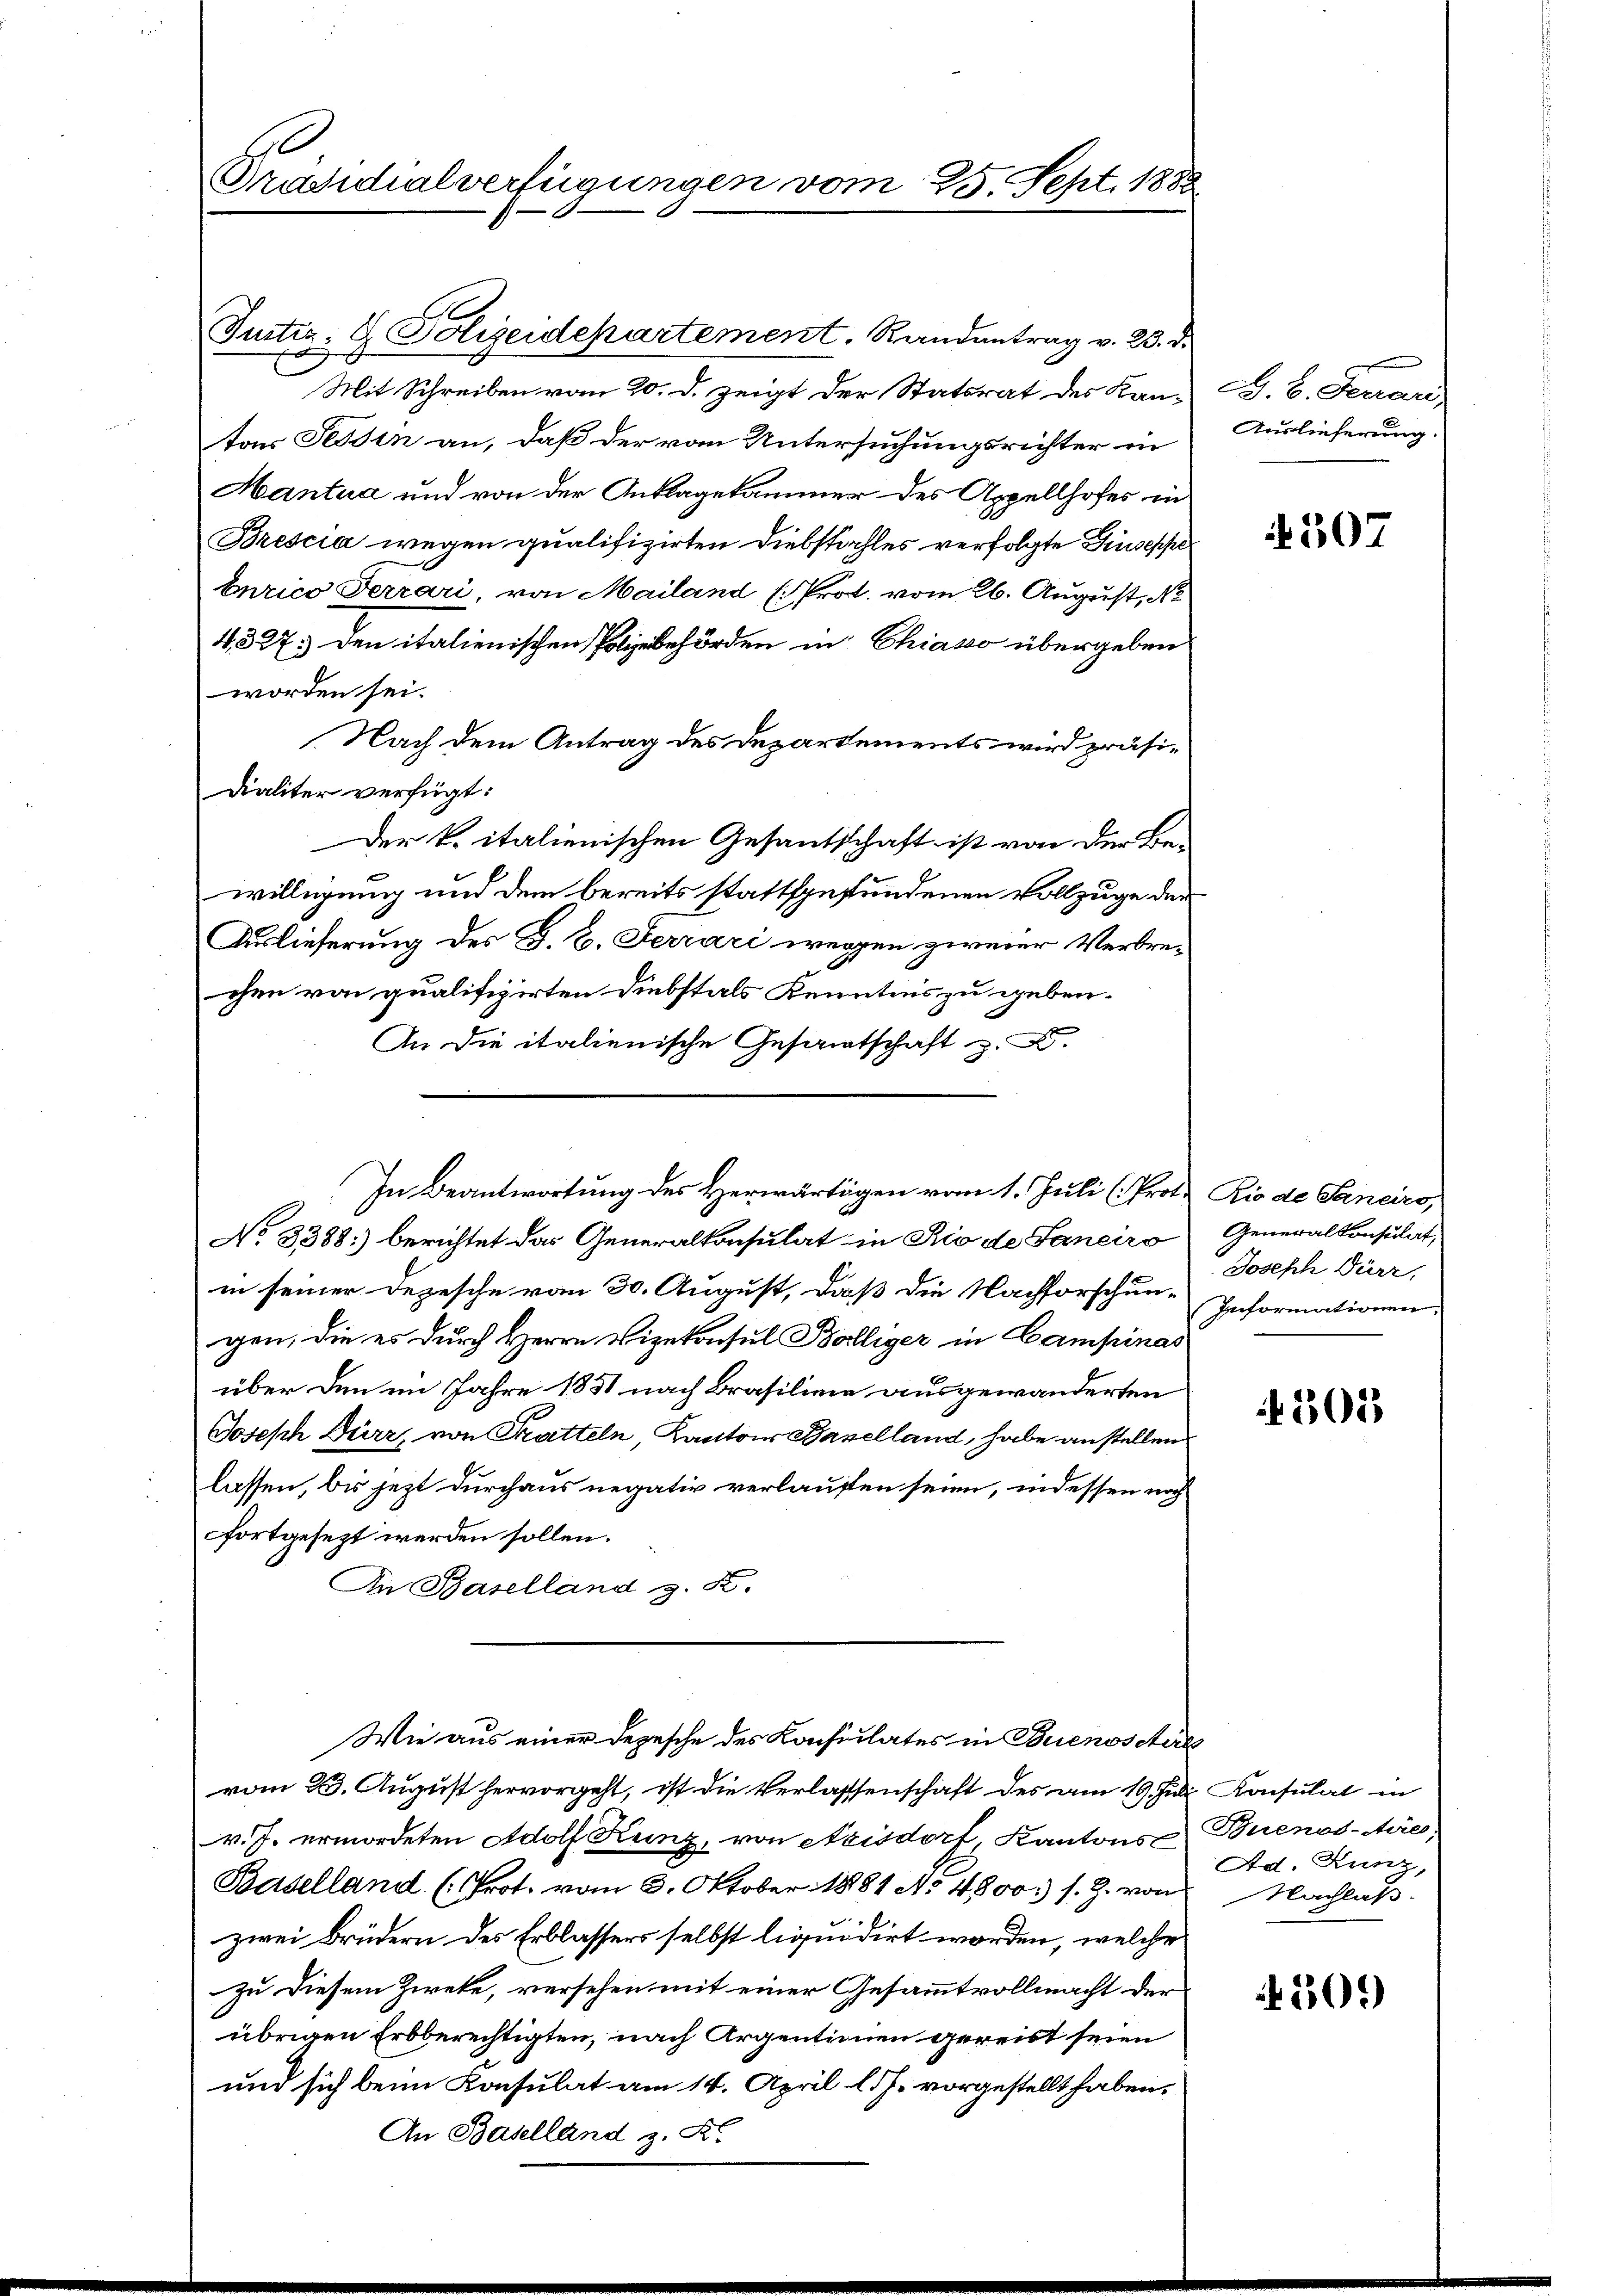
Präsidialverfügungen vom 25. Sept. 1888

Justiz- & Polizeidepartement. Randantrag v. 23. d.

In Beantwortung des Herwärtigen vom 1. Juli (Prot. Rio de Sanciro,
b

E
Mit Schreiben vom 20. d. zeigt der Statsrat des Kantons Tessin an, daß der vom Untersuchungsrichter in
Mantua und von der Anklagekammer des Appellhofes in
Brescia wegen qualifizirten Diebstahles verfolgte Giuseppe
burico Terrari, von Mailand E. Prot. vom 26. August, Ne
4, 327. Den italienischen Polizeibehörden in Chiasso übergeben
worden sei.
Nach dem Antrag des Departements wird präsi¬
Dialiter verfügt:
Der k. italienischen Gesantschaft ist von der Be-
willigung und dem bereits stattgefundenen Vollzuge der
Auslieferung des G. B. Ferrari wegen zweier Verbrechen von qualifizirten Diebstals Kenntnis zu geben.
An die italienische Gesamtschaft z.
No 3388: berichtet das Generalkonsulat in Rio de Saneiro
in seiner Depesche vom 30. August, daß die Nachforschun-Informationen,
gen, die es durch Herrn Vizekonsul Belliger in Campinas
über den im Jahre 1831 nach Brasilinie ausgewanderten
Joseph Dürr, von Tratteln, Kantons Baselland, habe anstellen
lassen, bis jezt durchaus negativ verlaufen seien, indessen noch
fortgesezt werden sollen.
An Baselland z. X.
Wie aus einer Depesche des Konsulates in Buenoscire
vom 23. August hervorgeht, ist die Verlassenschaft des am 19. Juli Konsulat in
v. J. ermordeten Adolf Kunz, von Aeisdorf, Kantons Buenos-Ayres
Baselland (Prot. vom 3. Oktober 1881 No 4800. s. Z. von
zwei Brüdern des Erblassers selbst liquidirt worden, welche
zu diesem Zireke, versehen mit einer Gesammtvollmacht der
übrigen Erbberechtigten, nach Argentinien gereist seien
und sich beim Konsulat am 14. April l. J. vorgestellt haben.
An Baselland z. K.

D. S. Finan
Auslieferung.

507

Generalkonsulat,
Joseph Dürr,

303

Ad. Kunz,
Nachlaß.

509)